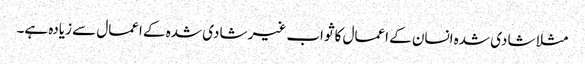
مثلا شادی شدہ انسان کے اعمال کا ثواب غیر شادی شدہ کے اعمال سے زیادہ ہے۔